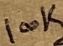
Text: 100K